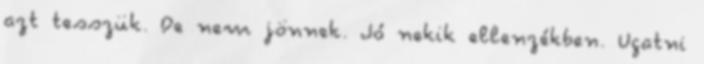
azt tesszük. De nem jönnek. Jó nekik ellenzékben. Ugatni